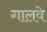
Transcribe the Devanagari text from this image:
गालवे